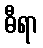
ဓီရာ